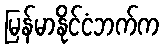
မြန်မာနိုင်ငံဘက်က